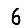
Digit: 6